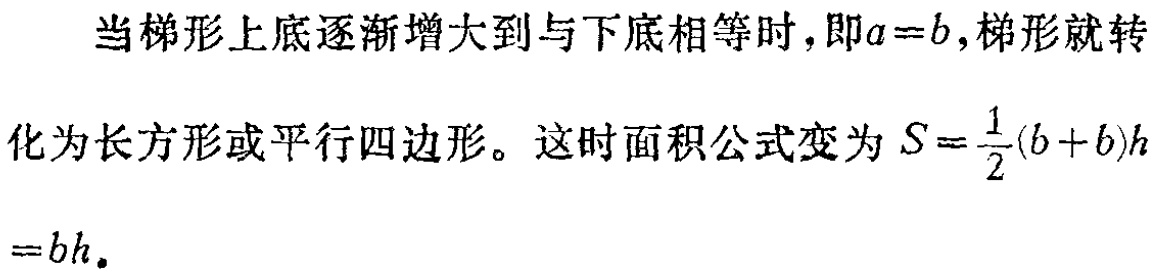
当梯形上底逐渐增大到与下底相等时，即\(a = b\)，梯形就转
化为长方形或平行四边形。这时面积公式变为\(S=\frac{1}{2}(b + b)h\)
\(=bh\)。